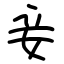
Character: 妾